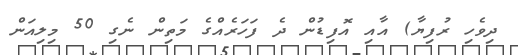
ދިވެހި ރުފިޔާ) އާއި އޮފިޑުން ދެ ފަހަރެއްގެ މަތިން ނެގި 50 މިލިއަން